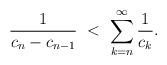
LaTeX: \begin{align*}\frac{1}{c_{n}-c_{n-1}} \ < \ \sum_{k = n}^{\infty} \frac{1}{c_{k}}.\end{align*}